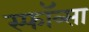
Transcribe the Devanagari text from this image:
स्फॉत्र्सा